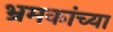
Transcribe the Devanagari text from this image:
भ्रमकांच्या